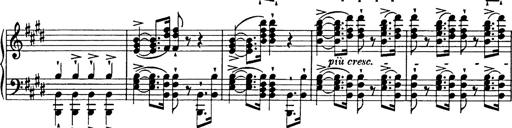
Title: Festmarsch zur SÃ¤cularfeier von Goethes Geburtstag
Composer: Franz Liszt